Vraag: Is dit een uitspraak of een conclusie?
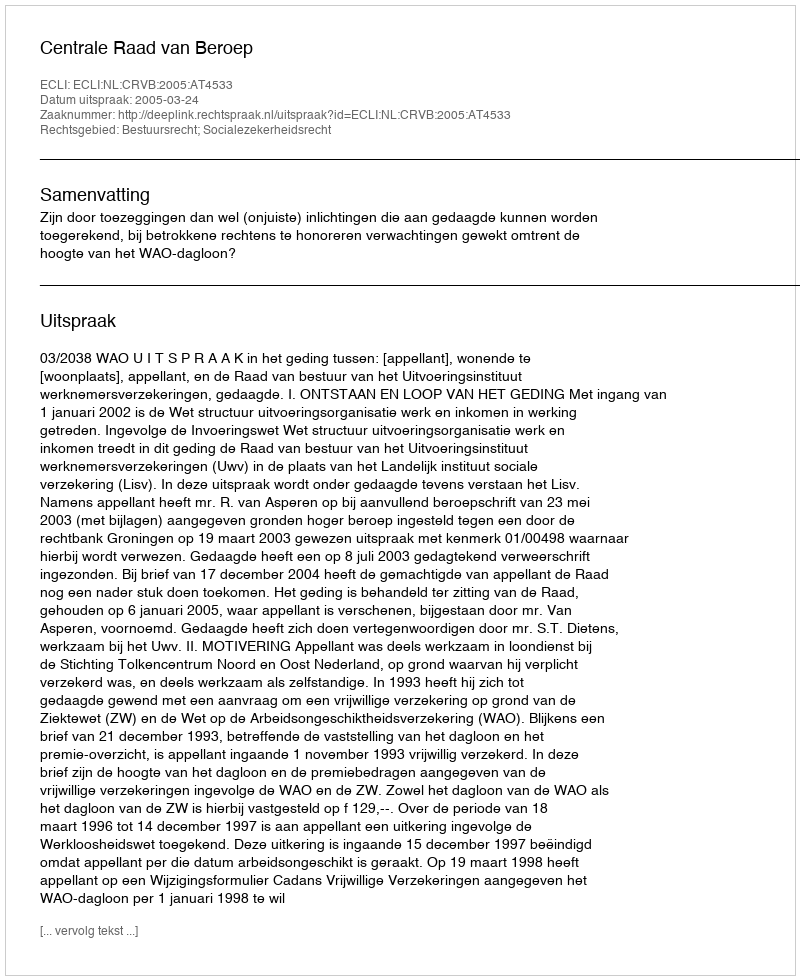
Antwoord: Uitspraak